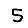
Digit: 5